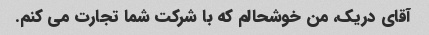
آقای دریک، من خوشحالم که با شرکت شما تجارت می کنم.